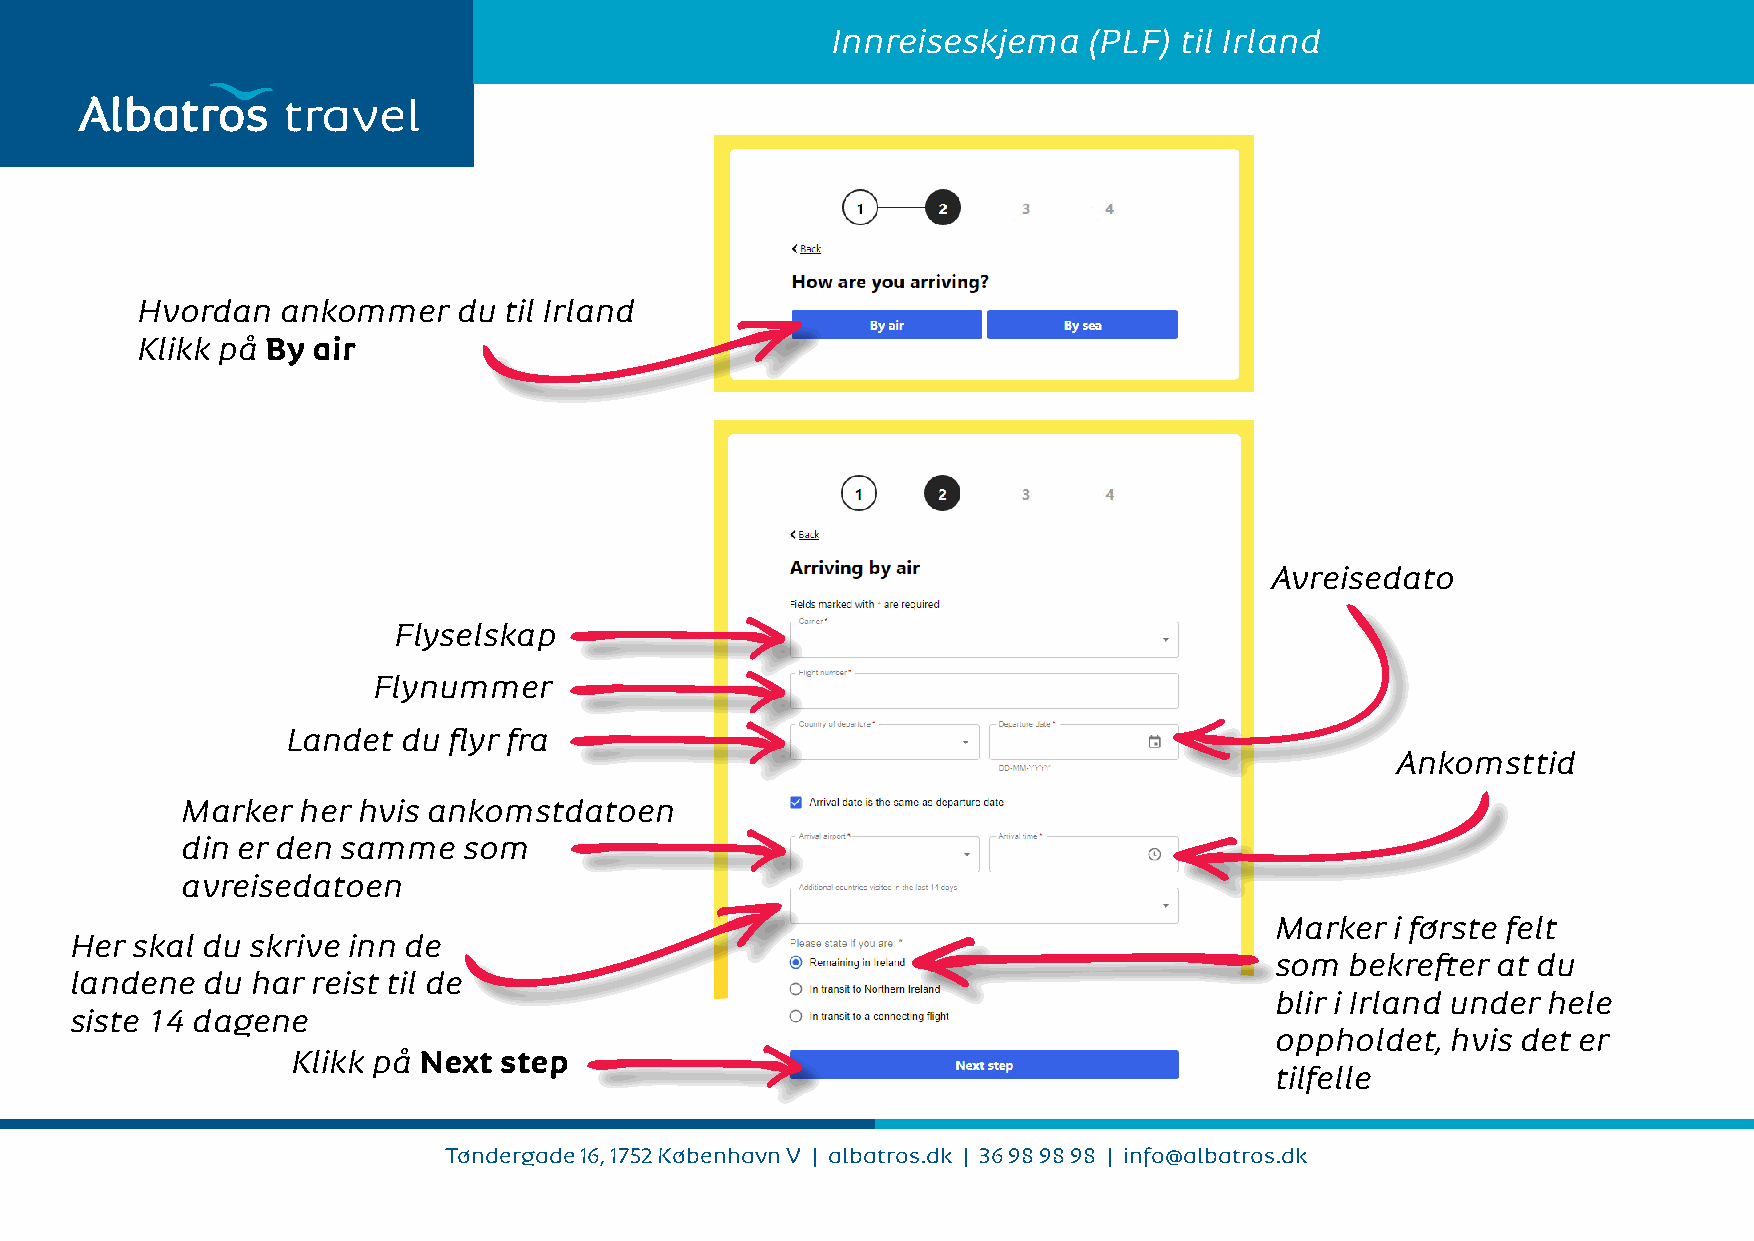
Innreiseskjema   (PLF) til Irland
 travel
 Hvordan   ankommer   du til Irland
 Klikk på By air
 Avreisedato
 Flyselskap
 Flynummer
 Landet  du flyr fra
 Ankomsttid
 Marker  her hvis ankomstdatoen
 din er den samme   som
 avreisedatoen
 Marker  i første felt
 Her skal du skrive inn de
 som  bekrefter at du
 landene du  har reist til de
 blir i Irland under hele
 siste 14 dagene
 oppholdet,  hvis det er
 Klikk på Next step
 tilfelle
 Tøndergade 16, 1752 København V | albatros.dk | 36 98 98 98 | info@albatros.dk